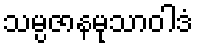
သမ္ပဇာနမုသာဝါဒံ